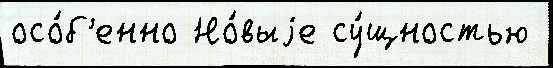
осо́б'енно Но́выjе су́щностью